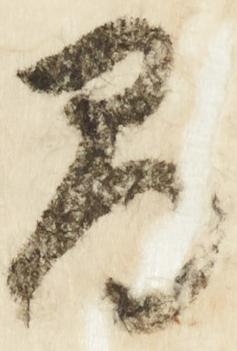
間